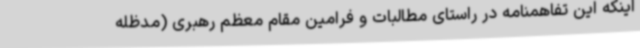
اینکه این تفاهمنامه در راستای مطالبات و فرامین مقام معظم رهبری (مدظله